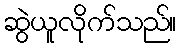
ဆွဲယူလိုက်သည်။